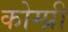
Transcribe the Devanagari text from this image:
कोम्प्री